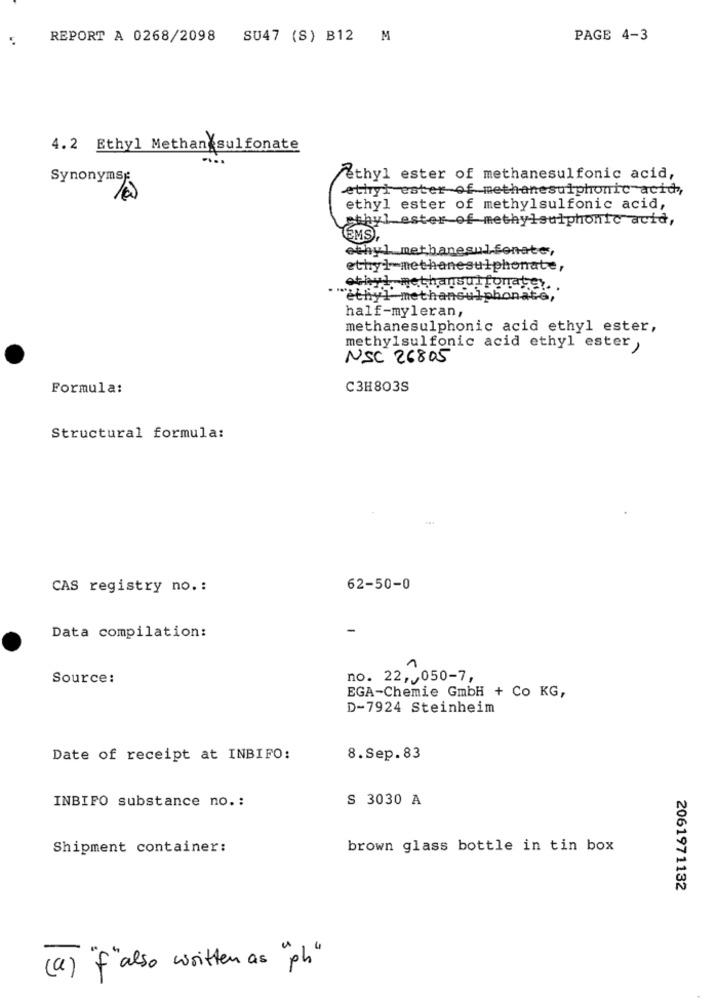
REPORT A 0268/2098 SU47 (S) B12 M
PAGE 4-3
4.2 Ethyl Methan sulfonate
Synonyms
Ethyl ester of methanesulfonic acid,
ethyl ester of methanesulphonic acid,
ethyl ester of methylsulfonic acid,
ethyl ester of methylsulphonic acid,
EMSI
ethyl methanesulfonate,
ethyl methanesulphonate,
ethyl methansulfonater.
""""Lju] methansulphonate,
half-myleran,
methanesulphonic acid ethyl ester,
methylsulfonic acid ethyl ester ,
NSC 26805
Formula:
C3H803S
Structural formula:
CAS registry no .:
62-50-0
Data compilation:
Source:
no. 22, 050-7,
EGA-Chemie GmbH + Co KG,
D-7924 Steinheim
Date of receipt at INBIFO:
8.Sep.83
S 3030 A
INBIFO substance no .:
Shipment container:
brown glass bottle in tin box
2061971132
( a ) "also written as " ph "